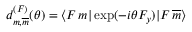
\begin{array} { r } { d _ { m , \overline { { m } } } ^ { ( F ) } ( \theta ) = \langle F \, m | \exp ( - i \theta F _ { y } ) | F \, \overline { { m } } \rangle } \end{array}